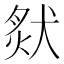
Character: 𤟙